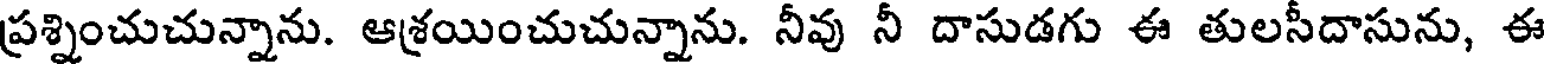
ప్రశ్నించుచున్నాను. ఆశ్రయించుచున్నాను. నీవు నీ దాసుడగు ఈ తులసీదాసును, ఈ